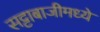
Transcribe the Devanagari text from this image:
सट्टाबाजीमध्ये